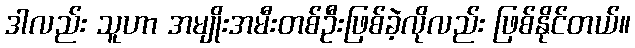
ဒါလည်း သူဟာ အမျိုးအမီးတစ်ဦးဖြစ်ခဲ့လိုလည်း ဖြစ်နိုင်တယ်။